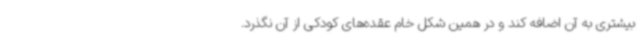
بیشتری به آن اضافه کند و در همین شکل خام عقده‌های کودکی از آن نگذرد.